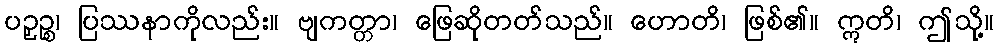
ပဉှဉ္စ၊ ပြဿနာကိုလည်း။ ဗျကတ္တာ၊ ဖြေဆိုတတ်သည်။ ဟောတိ၊ ဖြစ်၏။ ဣတိ၊ ဤသို့။